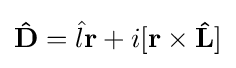
\mathbf {\hat {D}} ={\hat {l}}\mathbf {r} +i[\mathbf {r} \times \mathbf {\hat {L}} ]